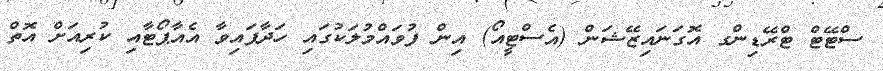
ސްޓޭޓް ޓްރޭޑިންގ އޮގަނައިޒޭޝަން (އެސްޓީއޯ) އިން ފުވައްމުލަކުގައި ހަދާފައިވާ އެއާޕޯޓާއި ކުރިއަށް އޮތް